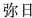
弥日